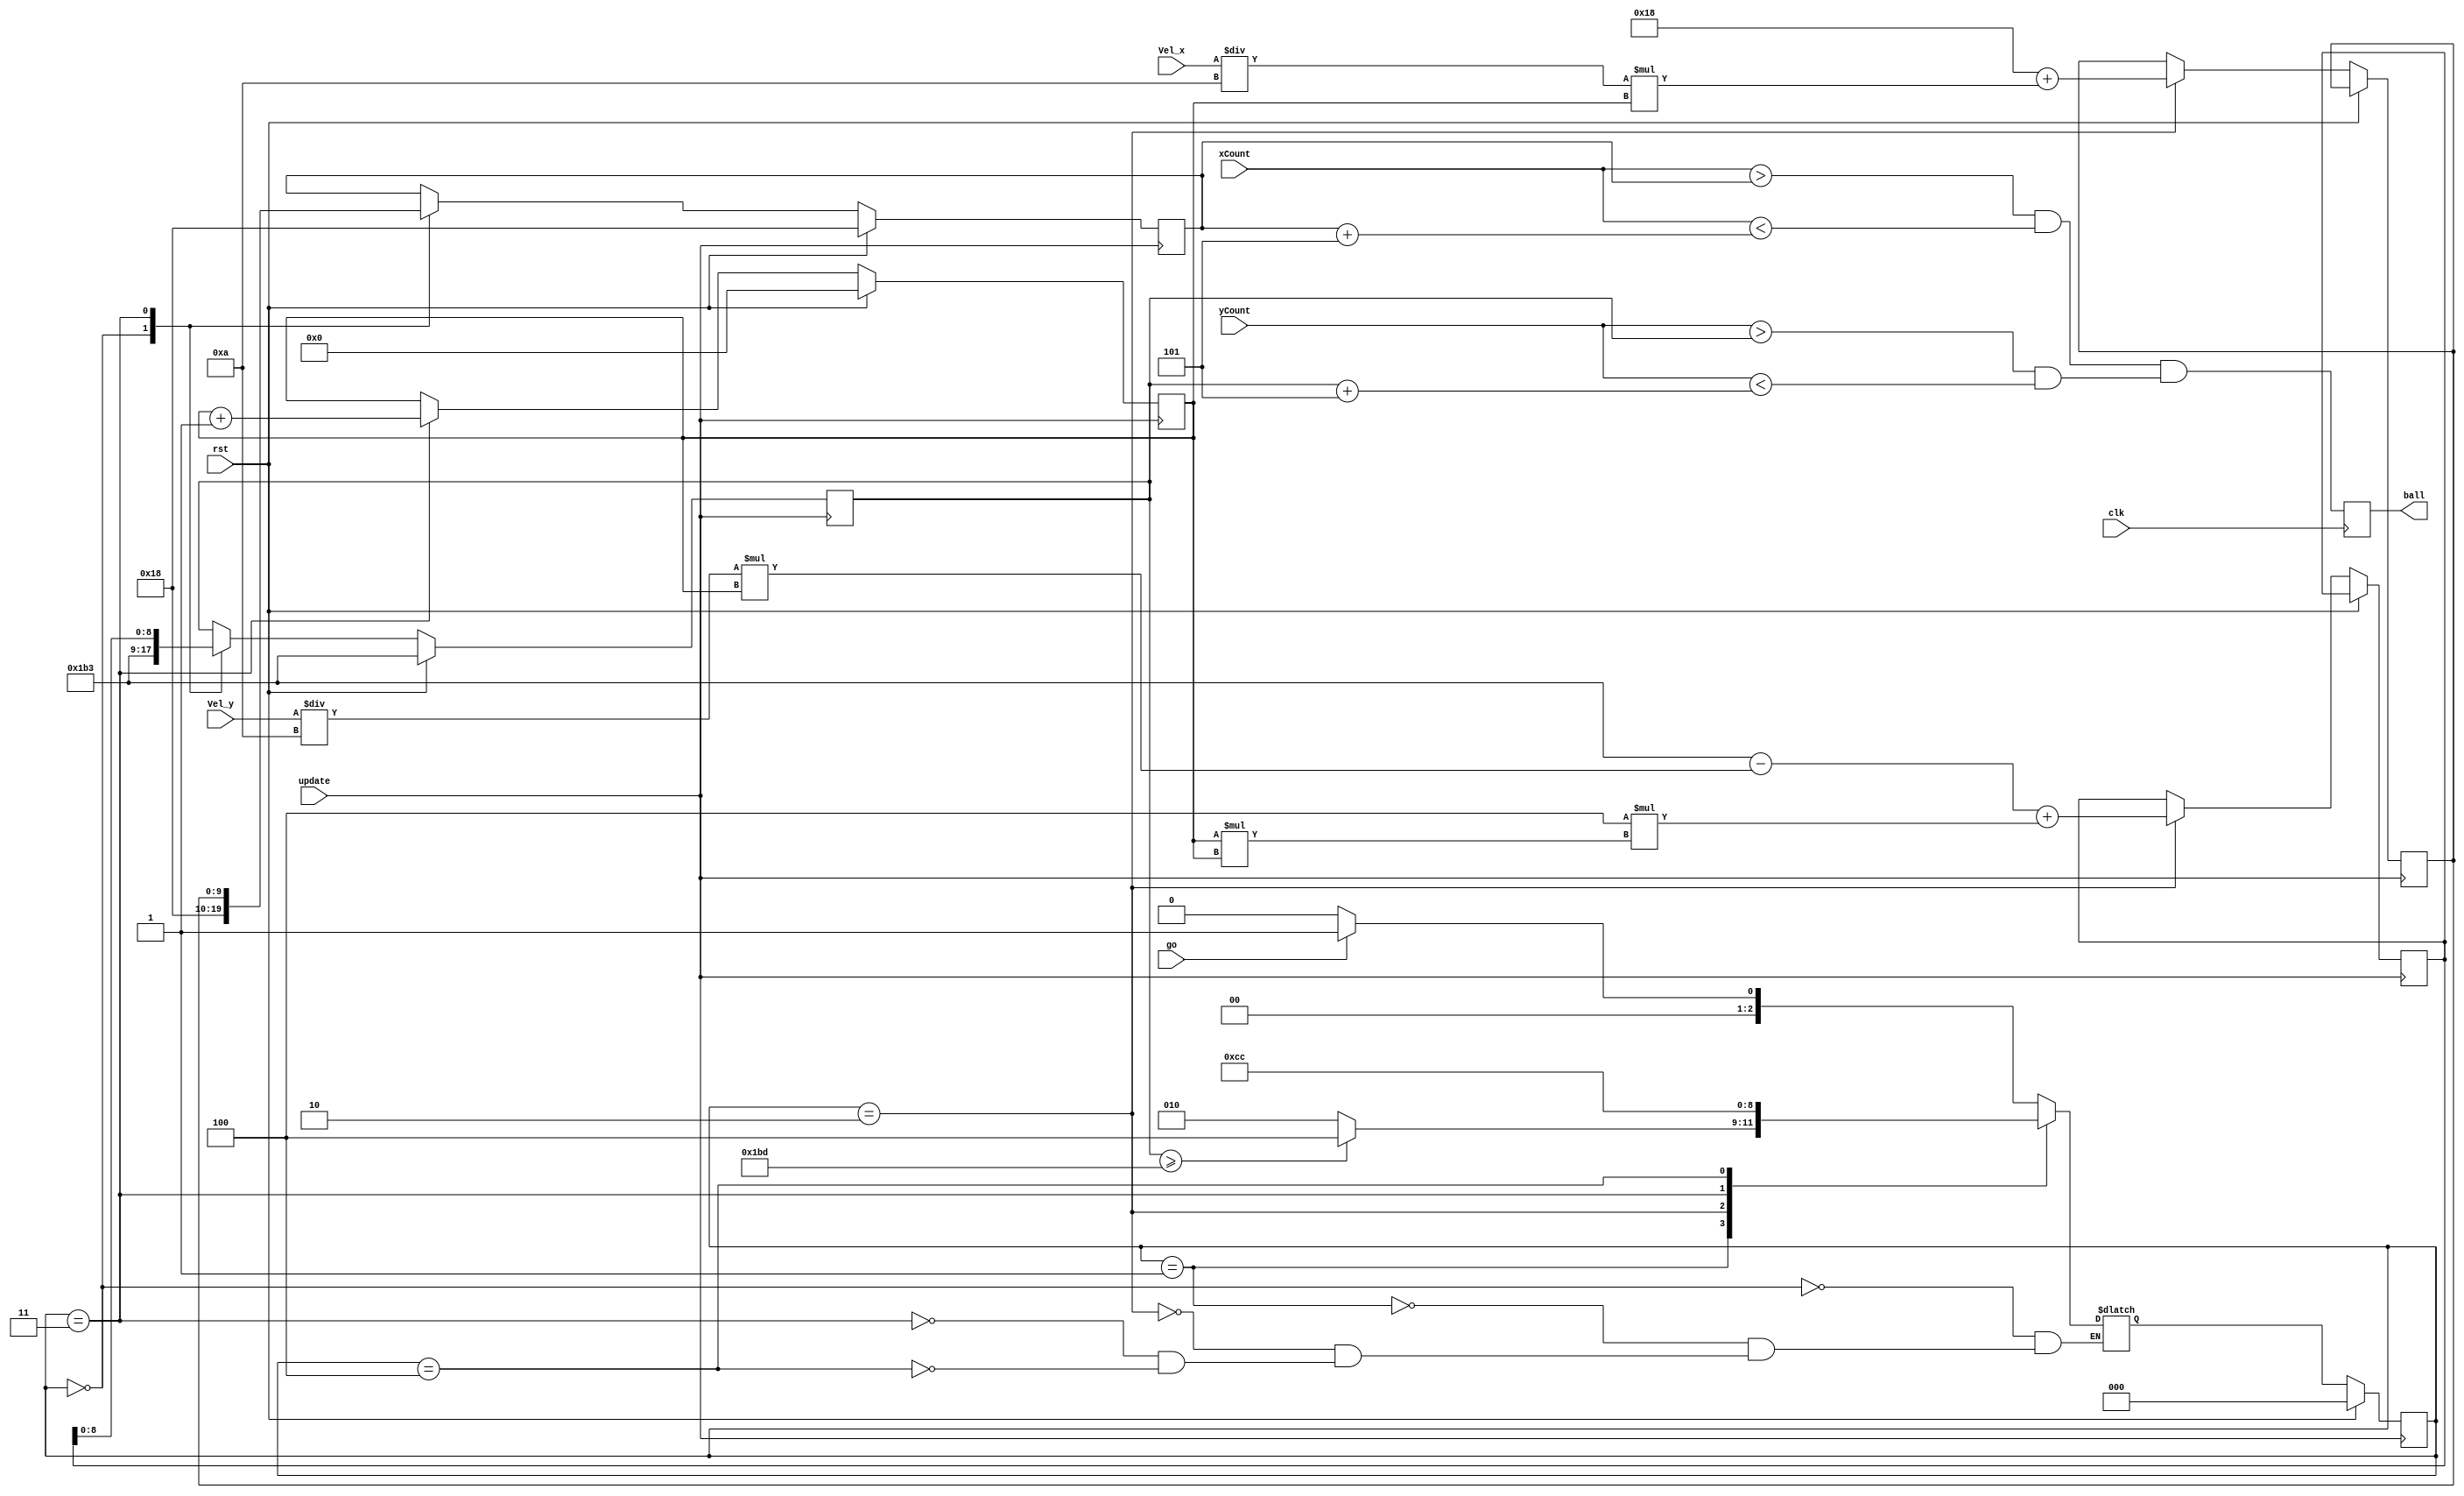
module ball(clk,rst,update,go,xCount,yCount,Vel_x,Vel_y,ball);

input clk, rst, update,go;
input [9:0]xCount;
input [9:0]yCount;
input [9:0]Vel_x;
input [9:0]Vel_y;
output ball;

reg [9:0]holdx;
reg [9:0]holdy;
reg ball;
wire rst;
reg [10:0]i;

always @(posedge clk)
begin
	ball = (xCount > ballX[0] && xCount < (ballX[0] + 10'd5)) && (yCount > ballY[0] && yCount < (ballY[0] + 10'd5));

end

reg[9:0] ballX [0:9];
reg [8:0]ballY [0:9]; 

reg [2:0]S; 
reg [2:0]NS;

//ZERO FOR BALL IS 445 ON THE Y

localparam START = 3'd0, 
	Check_loop = 3'd1,
	adjust_value = 3'd2, 
	move_ball = 3'd3, 
	done = 3'd4;

	always @(posedge update) 
	begin
		if (rst == 1'b1)
			S <= START;
		else
			S <= NS;
	end

	//what is next state
always @(*) 
	case (S)
		START:
			begin
				if (go == 1'd1)
				begin
					NS=Check_loop;
				end
				else
					NS=START;
			end
			
		Check_loop:
			begin
				if(ballY[0]>=9'd445)
				begin
					NS=done;
				end
				else
					NS=adjust_value;
			end
		adjust_value:NS=move_ball;
		move_ball:NS=Check_loop;
		done: NS=done;
	endcase

	always @(posedge update) 
	begin
	if (rst == 1'b1)
		begin //starting position
			ballX[0] <=10'd24;
			ballY[0] <=9'd435;
			i=0;
			
		end
	else
		case(S)
			START:
				begin
					ballX[0] <=10'd24;
					ballY[0] <=9'd435;
					
				end
			Check_loop:;

			adjust_value:
				begin
					holdx <= (24+((Vel_x/10)*i));
					holdy <=	(435-((Vel_y/10)*i)+((981/200)*(i*i)));
				end
			move_ball: 
			begin
				ballX[0]<=holdx;
				ballY[0]<=holdy;
				i=i+1;
			end
			done:;
				
		endcase
	end

endmodule